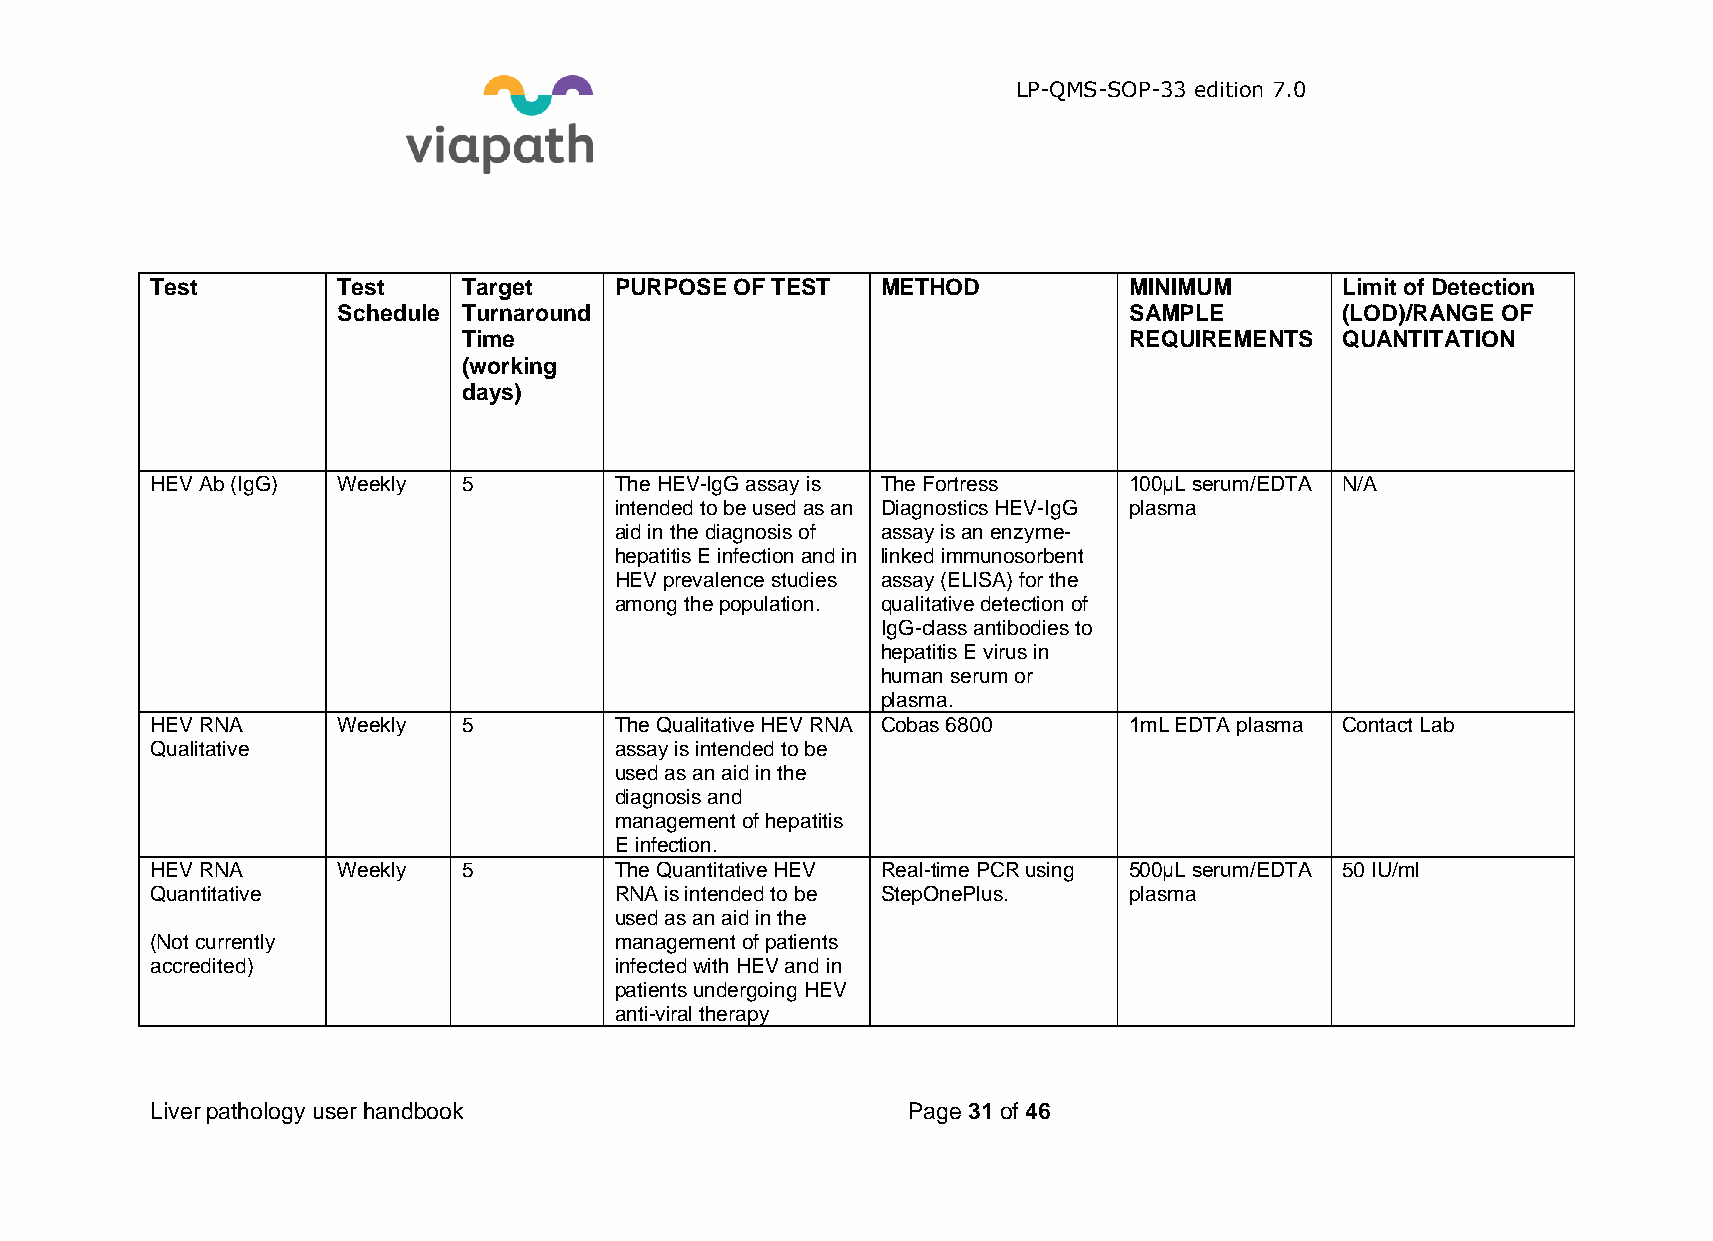
LP-QMS-SOP-33 edition 7.0
 Test        Test     Target    PURPOSE OF TEST  METHOD           MINIMUM       Limit of Detection
 Schedule Turnaround                                  SAMPLE        (LOD)/RANGE OF
 Time                                        REQUIREMENTS  QUANTITATION
 (working
 days)
 HEV Ab (IgG) Weekly  5         The HEV-IgG assay is The Fortress 100μL serum/EDTA N/A
 intended to be used as an Diagnostics HEV-IgG plasma
 aid in the diagnosis of assay is an enzyme-
 hepatitis E infection and in linked immunosorbent
 HEV prevalence studies assay (ELISA) for the
 among the population. qualitative detection of
 IgG-class antibodies to
 hepatitis E virus in
 human serum or
 plasma.
 HEV RNA     Weekly   5         The Qualitative HEV RNA Cobas 6800 1mL EDTA plasma Contact Lab
 Qualitative                    assay is intended to be
 used as an aid in the
 diagnosis and
 management of hepatitis
 E infection.
 HEV RNA     Weekly   5         The Quantitative HEV Real-time PCR using 500μL serum/EDTA 50 IU/ml
 Quantitative                   RNA is intended to be StepOnePlus. plasma
 used as an aid in the
 (Not currently                 management of patients
 accredited)                    infected with HEV and in
 patients undergoing HEV
 anti-viral therapy
 Liver pathology user handbook                     Page 31 of 46